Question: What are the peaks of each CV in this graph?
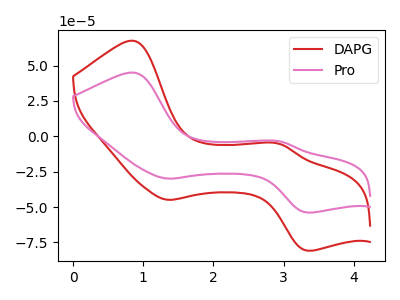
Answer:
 <answer>The red curve "DAPG" has anodic peaks at (0.85V, 67.45uA) (2.95V, -5.45uA) and cathodic peaks at (1.35V, -44.90uA) (3.35V, -80.80uA). The pink curve "Pro" has anodic peaks at (0.85V, 44.95uA) (2.95V, -3.60uA) and cathodic peaks at (1.35V, -29.95uA) (3.35V, -53.90uA).</answer>
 <eval></eval>